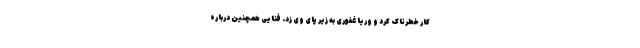
کار خطرناک کرد و وریا غفوری به زیر پای وی زد. فنایی همچنین درباره